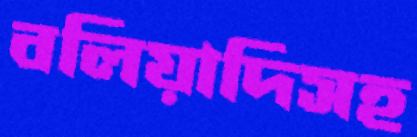
বলিয়াদিসহ